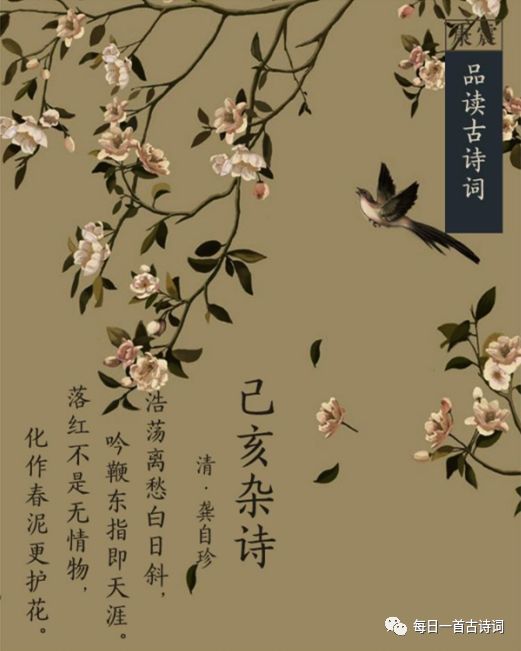
落红不是无情物，化作春泥更护花。